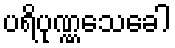
ပရိပုဏ္ဏသေခေါ